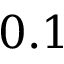
0 . 1